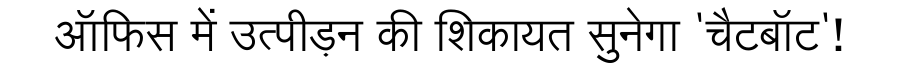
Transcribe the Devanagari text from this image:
ऑफिस में उत्पीड़न की शिकायत सुनेगा 'चैटबॉट'!